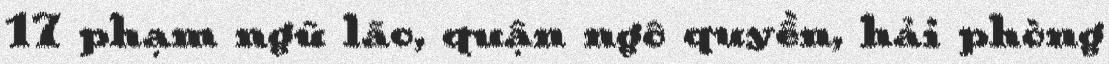
17 phạm ngũ lão, quận ngô quyền, hải phòng